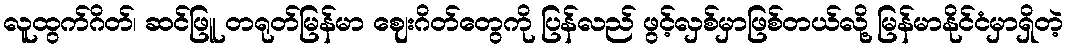
လူထွက်ဂိတ်၊ ဆင်ဖြူ တရုတ်မြန်မာ ဈေးဂိတ်တွေကို ပြန်လည် ဖွင့်လှစ်မှာဖြစ်တယ်လို့ မြန်မာနိုင်ငံမှာရှိတဲ့